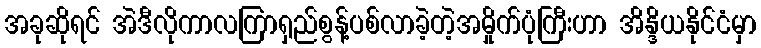
အခုဆိုရင် အဲဒီလိုကာလကြာရှည်စွန့်ပစ်လာခဲ့တဲ့အမှိုက်ပုံကြီးဟာ အိန္ဒိယနိုင်ငံမှာ